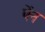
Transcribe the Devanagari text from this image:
पेंन